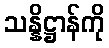
သန္နိဋ္ဌာန်ကို